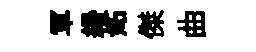
軍緡妬傑曲